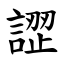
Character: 䜀